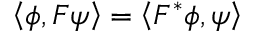
\left\langle \phi , F \psi \right\rangle = \left\langle F ^ { * } \phi , \psi \right\rangle